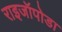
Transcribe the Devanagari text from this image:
राइजॉपोडा